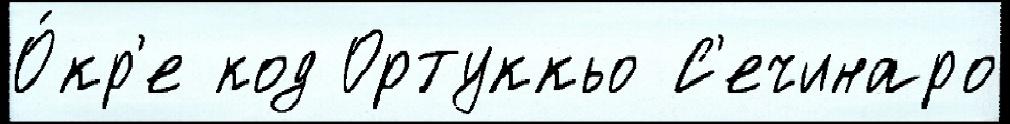
О́кр'е код Ортуккьо С'ечинаро